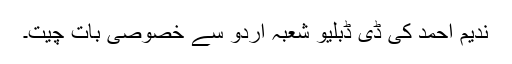
ندیم احمد کی ڈی ڈبلیو شعبہ اردو سے خصوصی بات چیت۔